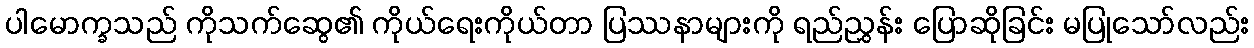
ပါမောက္ခသည် ကိုသက်ဆွေ၏ ကိုယ်ရေးကိုယ်တာ ပြဿနာများကို ရည်ညွှန်း ပြောဆိုခြင်း မပြုသော်လည်း